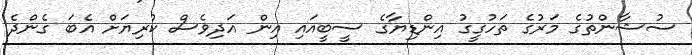
ސުޝާންތުގެ މަރުގެ ތަހުގީގު އިންޑިޔާގެ ސީބީއައި އިން އަދިވެސް ކުރިޔަށް އެބަ ގެންދެ